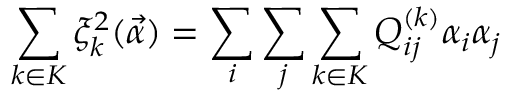
\sum _ { k \in K } \xi _ { k } ^ { 2 } ( \vec { \alpha } ) = \sum _ { i } \sum _ { j } \sum _ { k \in K } Q _ { i j } ^ { ( k ) } \alpha _ { i } \alpha _ { j }